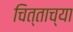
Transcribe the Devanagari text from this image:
चित्ताच्या